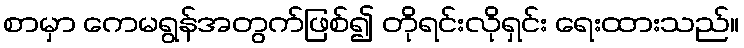
စာမှာ ကေမရွန်အတွက်ဖြစ်၍ တိုရင်းလိုရှင်း ရေးထားသည်။